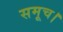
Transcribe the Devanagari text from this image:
समूच।